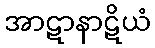
အာဋာနာဋိယံ